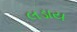
લડાય